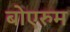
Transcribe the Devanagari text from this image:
बोएरुम